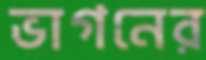
ভাগনের